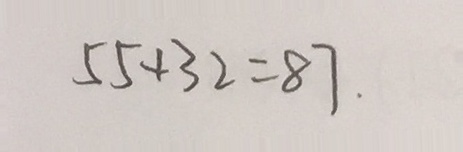
5 5 + 3 2 = 8 7 .